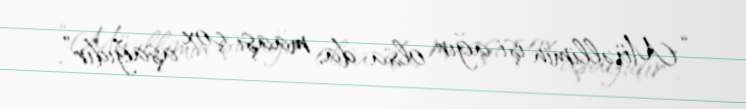
“Müəllimin işi ağır olsa da, maaşı çox aşağıdır”.